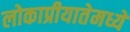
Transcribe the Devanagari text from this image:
लोकाप्रीयातेमध्ये